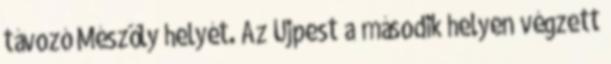
távozó Mészöly helyét. Az Újpest a második helyen végzett